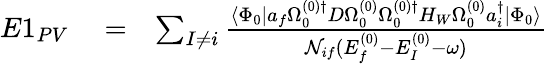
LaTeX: \begin{array}{rlr}{E1_{PV}}&{{}=}&{\sum_{I\ne i}\frac{\langle\Phi_{0}|a_{f}\Omega_{0}^{(0)\dagger}D\Omega_{0}^{(0)}\Omega_{0}^{(0)\dagger}H_{W}\Omega_{0}^{(0)}a_{i}^{\dagger}|\Phi_{0}\rangle}{{\cal N}_{if}(E_{f}^{(0)}-E_{I}^{(0)}-\omega)}}\end{array}